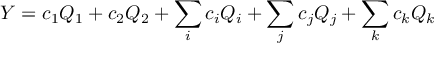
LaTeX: Y = c _ { 1 } Q _ { 1 } + c _ { 2 } Q _ { 2 } + \sum _ { i } c _ { i } Q _ { i } + \sum _ { j } c _ { j } Q _ { j } + \sum _ { k } c _ { k } Q _ { k }